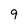
Character: 9